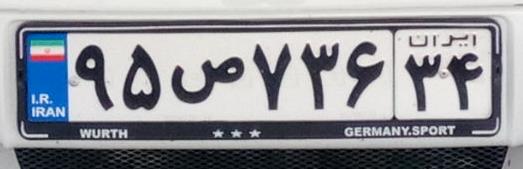
۹۵ص۷۳۶۳۴